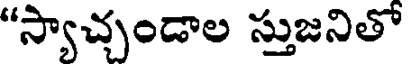
"స్యాచ్చండాల స్తుజనితో